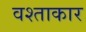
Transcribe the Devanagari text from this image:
वश्ताकार